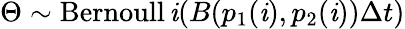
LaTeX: \Theta\sim\operatorname{Bernoull\mathit{i}}\! \left(B(p_{1}(\mathit{i}),p_{2}(\mathit{i}))\Delta{t}\right)